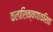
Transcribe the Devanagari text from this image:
कलाशिक्षणाकरिता